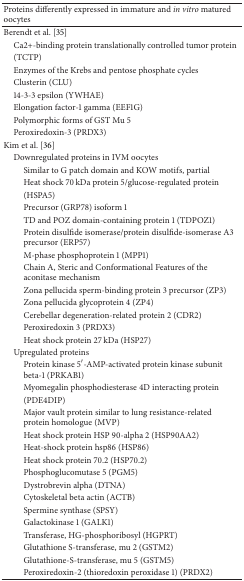
| Proteins differently expressed in immature and in vitro matured oocytes |  |
 | --- | --- |
 | Berendt et al. [35] |  |
 | Ca2+-binding protein translationally controlled tumor protein |  |
 | (TCTP) |  |
 | Enzymes of the Krebs and pentose phosphate cycles |  |
 | Clusterin (CLU) |  |
 | 14-3-3 epsilon (YWHAE) |  |
 | Elongation factor-1 gamma (EEF1G) |  |
 | Polymorphic forms of GST Mu 5 |  |
 | Peroxiredoxin-3 (PRDX3) |  |
 | Kim et al. [36] |  |
 | Downregulated proteins in IVM oocytes |  |
 | Similar to G patch domain and KOW motifs, partial |  |
 | Heat shock 70 kDa protein 5/glucose-regulated protein |  |
 | (HSPA5) |  |
 | Precursor (GRP78) isoform 1 |  |
 | TD and POZ domain-containing protein 1 (TDPOZ1) |  |
 | Protein disulfide isomerase/protein disulfide-isomerase A3 precursor (ERP57) |  |
 | M-phase phosphoprotein 1 (MPP1) |  |
 | Chain A, Steric and Conformational Features of the aconitase mechanism |  |
 | Zona pellucida sperm-binding protein 3 precursor (ZP3) |  |
 | Zona pellucida glycoprotein 4 (ZP4) |  |
 | Cerebellar degeneration-related protein 2 (CDR2) |  |
 | Peroxiredoxin 3 (PRDX3) |  |
 | Heat shock protein 27 kDa (HSP27) |  |
 | Upregulated proteins |  |
 | Protein kinase 5′-AMP-activated protein kinase subunit beta-1 (PRKAB1) |  |
 | Myomegalin phosphodiesterase 4D interacting protein |  |
 | (PDE4DIP) |  |
 | Major vault protein similar to lung resistance-related protein homologue (MVP) |  |
 | Heat shock protein HSP 90-alpha 2 (HSP90AA2) |  |
 | Heat-shock protein hsp86 (HSP86) |  |
 | Heat shock protein 70.2 (HSP70.2) |  |
 | Phosphoglucomutase 5 (PGM5) |  |
 | Dystrobrevin alpha (DTNA) |  |
 | Cytoskeletal beta actin (ACTB) |  |
 | Spermine synthase (SPSY) |  |
 | Galactokinase 1 (GALK1) |  |
 | Transferase, HG-phosphoribosyl (HGPRT) |  |
 | Glutathione S-transferase, mu 2 (GSTM2) |  |
 | Glutathione-S-transferase, mu 5 (GSTM5) |  |
 | Peroxiredoxin-2 (thioredoxin peroxidase 1) (PRDX2) |  |